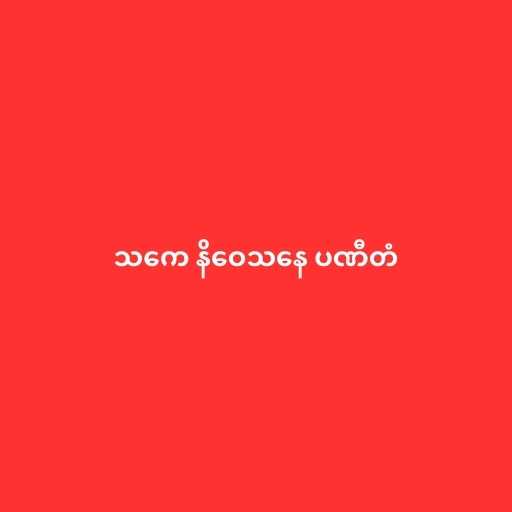
သကေ နိဝေသနေ ပဏီတံ